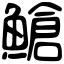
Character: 䱽